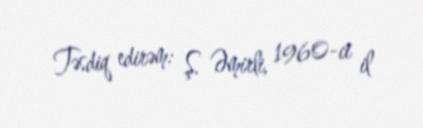
Təsdiq edirəm: Ş. Əmirli, 1960-ci il